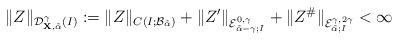
LaTeX: \begin{align*}\Vert Z\Vert_{\mathcal{D}_{\mathbf{X},\tilde{\alpha}}^{\gamma}(I)}:=\Vert Z\Vert_{C(I;\mathcal{B}_{\tilde{\alpha}})}+\Vert Z^{\prime}\Vert_{\mathcal{E}^{0,\gamma}_{\tilde{\alpha}-\gamma;I}}+\Vert Z^{\#}\Vert_{\mathcal{E}^{\gamma,2\gamma}_{\tilde{\alpha};I}}<\infty\end{align*}